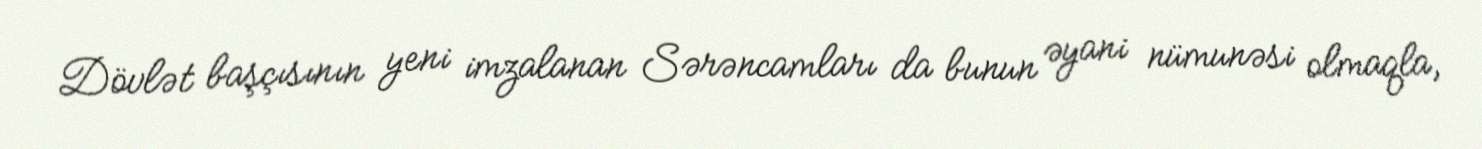
Dövlət başçısının yeni imzalanan Sərəncamları da bunun əyani nümunəsi olmaqla,